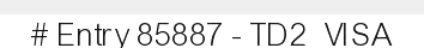
# Entry 85887 - TD2_VISA